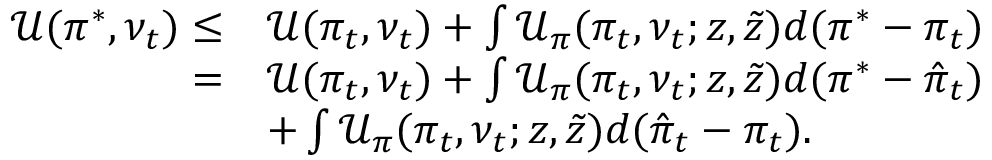
\begin{array} { r l } { \mathcal { U } ( \pi ^ { * } , \nu _ { t } ) \leq } & { \mathcal { U } ( \pi _ { t } , \nu _ { t } ) + \int \mathcal { U } _ { \pi } ( \pi _ { t } , \nu _ { t } ; z , \tilde { z } ) d ( \pi ^ { * } - \pi _ { t } ) } \\ { = } & { \mathcal { U } ( \pi _ { t } , \nu _ { t } ) + \int \mathcal { U } _ { \pi } ( \pi _ { t } , \nu _ { t } ; z , \tilde { z } ) d ( \pi ^ { * } - \hat { \pi } _ { t } ) } \\ & { + \int \mathcal { U } _ { \pi } ( \pi _ { t } , \nu _ { t } ; z , \tilde { z } ) d ( \hat { \pi } _ { t } - \pi _ { t } ) . } \end{array}